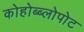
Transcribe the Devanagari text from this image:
कोहोब्ब्लोपोट